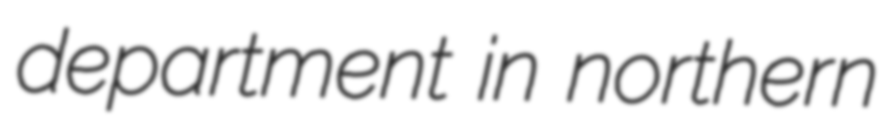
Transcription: department in northern